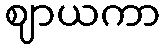
ဈာယကာ